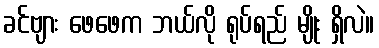
ခင်ဗျား ဖေဖေက ဘယ်လို ရုပ်ရည် မျိုး ရှိလဲ။